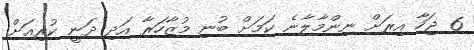
6 ޖަހާ އިރަށް ނިންމާލާނެ ކަމަށް ބުނި މުޒާހަރާ އަދި ދަނީ ކުރިއަށް.